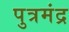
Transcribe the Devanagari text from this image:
पुत्रमंद्र